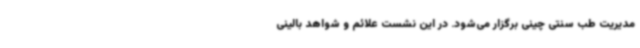
مدیریت طب سنتی چینی برگزار می‌شود. در این نشست علائم و شواهد بالینی